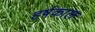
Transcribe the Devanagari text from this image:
हर्षकाल